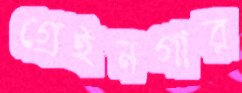
গ্রেইনগার